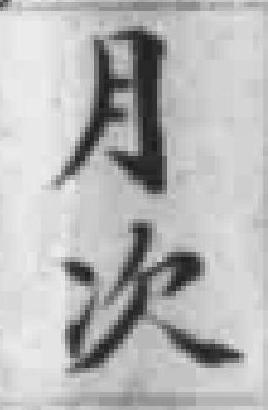
月次